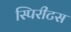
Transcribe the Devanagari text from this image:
स्पिरीटस